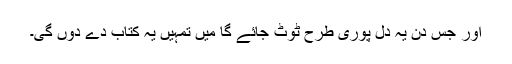
اور جس دن یہ دل پوری طرح ٹوٹ جائے گا میں تمہیں یہ کتاب دے دوں گی۔